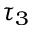
\tau _ { 3 }